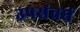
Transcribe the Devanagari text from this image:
उपसंवर्ध